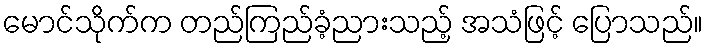
မောင်သိုက်က တည်ကြည်ခံ့ညားသည့် အသံဖြင့် ပြောသည်။